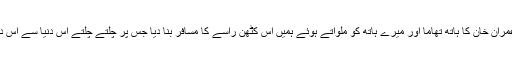
شاہراہ دستور پر عمران خان کا ہاتھ تھاما اور میرے ہاتھ کو ملواتے ہوئے ہمیں اس کٹھن راسے کا مسافر بنا دیا جس پر چلتے چلتے اس دنیا سے اس دنیا میں چلے گئے۔